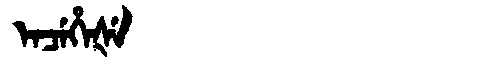
Manchu: ᡝᠨᠴᡝᡥᡝᡧᡝ
Romanization: ENCEHEŠE